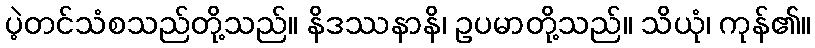
ပဲ့တင်သံစသည်တို့သည်။ နိဒဿနာနိ၊ ဥပမာတို့သည်။ သိယုံ၊ ကုန်၏။